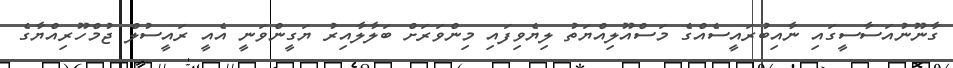
ގާނޫނުއަސާސީގައި ނާއިބުރައީސެއްގެ މަސްއޫލިއްޔަތު ލިޔެވިފައި މިންވަރަށް ބަލާލާއިރު ޔަގީންވަނީ އެއީ ރައީސުލް ޖުމްހޫރިއްޔާގެ